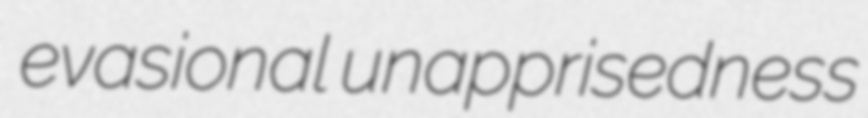
evasional unapprisedness